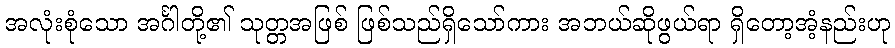
အလုံးစုံသော အင်္ဂါတို့၏ သုတ္တအဖြစ် ဖြစ်သည်ရှိသော်ကား အဘယ်ဆိုဖွယ်ရာ ရှိတော့အံ့နည်းဟု